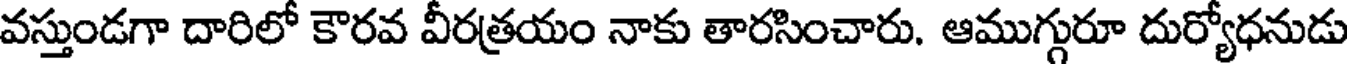
వస్తుండగా దారిలో కౌరవ వీరత్రయం నాకు తారసించారు. ఆముగ్గురూ దుర్యోధనుడు